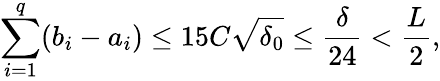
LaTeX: \sum_{i=1}^{q}(b_{i}-a_{i})\leq 15C\sqrt{\delta_{0}}\leq\frac{\delta}{24}<\frac{L}{2},